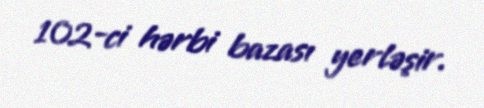
102-ci hərbi bazası yerləşir.